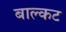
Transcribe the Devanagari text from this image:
बाल्कट